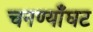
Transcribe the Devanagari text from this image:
चनण्याँघट